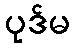
ပုဒ်မ